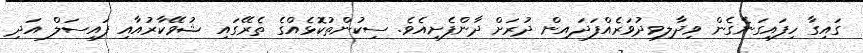
ގައިގާ ހިފައިގަނެގެން ވިދާލިވިދުވަރެއްފަދައިން ދުރަށް ދާންފެށިއެވެ. ސިކުންތުކޮޅެއްގެ ތެރޭގައި ޝުވޭކާރުއާއި ފައިސަލް އަދި